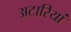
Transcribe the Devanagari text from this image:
अटारियां